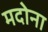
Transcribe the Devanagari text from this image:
मदोना